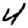
Digit: 4